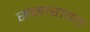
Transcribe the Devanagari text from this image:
संसारावत